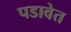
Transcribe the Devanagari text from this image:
पडावेत